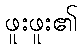
ဖူးဖူး၏